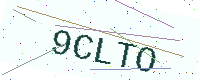
Text: 9CLTO